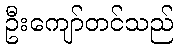
ဦးကျော်တင်သည်